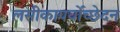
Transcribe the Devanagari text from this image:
लसीकापर्वोच्छेदन